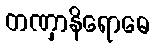
တဏှာနိရောဓေ